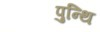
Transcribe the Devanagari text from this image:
पुन्थि